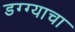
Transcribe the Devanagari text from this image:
डग्ग्याचा